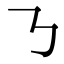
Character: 𠄎